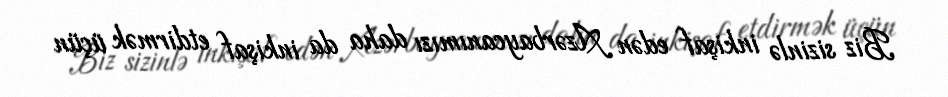
Biz sizinlə inkişaf edən Azərbaycanımızı daha da inkişaf etdirmək üçün